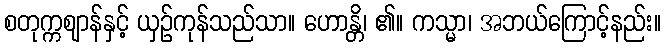
စတုက္ကဈာန်နှင့် ယှဉ်ကုန်သည်သာ။ ဟောန္တိ၊ ၏။ ကသ္မာ၊ အဘယ်ကြောင့်နည်း။